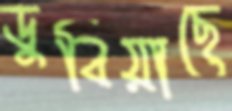
ডুবিয়াছে